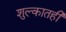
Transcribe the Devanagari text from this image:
शुल्कातही